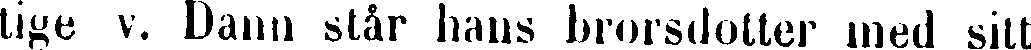
tige v. Dann står hans brorsdotter med sitt